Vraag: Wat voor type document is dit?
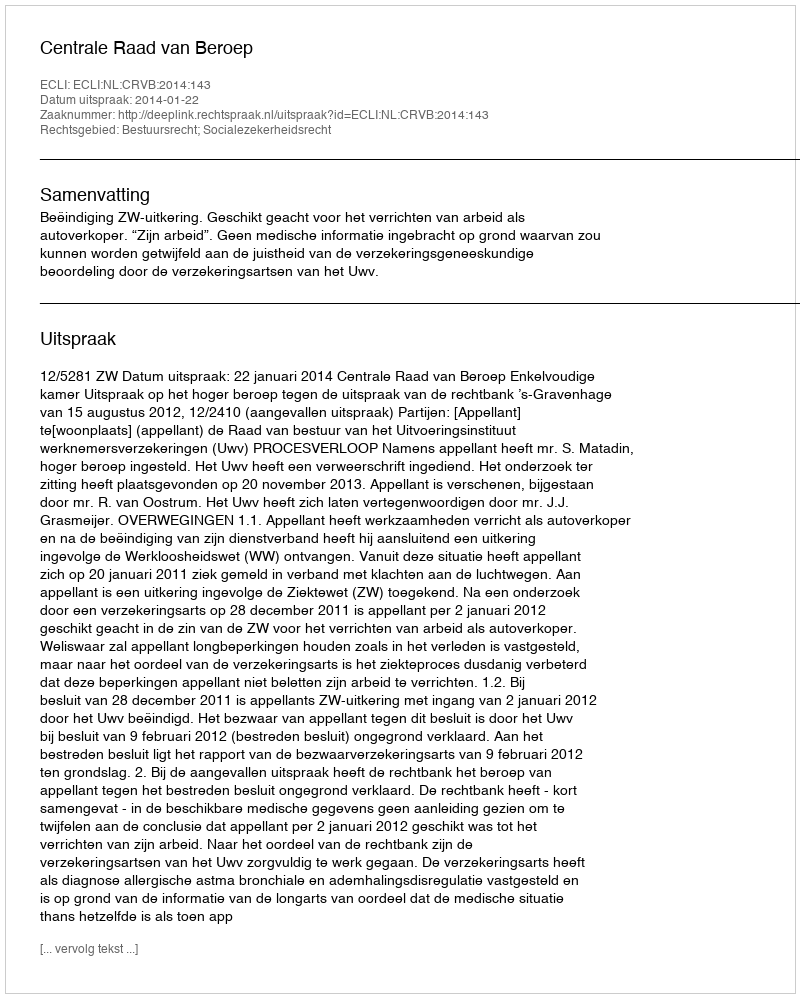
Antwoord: Uitspraak